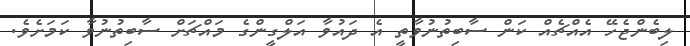
ލިބެންޖެހޭ އެއްޗެއް ކަން ސާބިތުނުވާތީ އެ ދައުވާ އަލްގީންގެ މައްޗަށް ސާބިތުނުވާ ކަމަށެވެ.